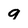
Character: g